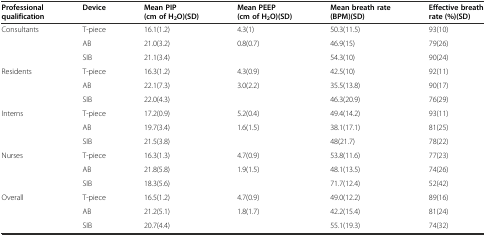
<table><thead><tr><td><b>Professional qualification</b></td><td><b>Device</b></td><td><b>Mean PIP (cm of H<sub>2</sub>O)(SD)</b></td><td><b>Mean PEEP (cm of H<sub>2</sub>O)(SD)</b></td><td><b>Mean breath rate (BPM)(SD)</b></td><td><b>Effective breath rate (%)(SD)</b></td></tr></thead><tbody><tr><td rowspan="3">Consultants</td><td>T-piece</td><td>16.1(1.2)</td><td>4.3(1)</td><td>50.3(11.5)</td><td>93(10)</td></tr><tr><td>AB</td><td>21.0(3.2)</td><td>0.8(0.7)</td><td>46.9(15)</td><td>79(26)</td></tr><tr><td>SIB</td><td>21.1(3.4)</td><td>[EMPTY_CELL]</td><td>54.3(10)</td><td>90(24)</td></tr><tr><td rowspan="3">Residents</td><td>T-piece</td><td>16.3(1.2)</td><td>4.3(0.9)</td><td>42.5(10)</td><td>92(11)</td></tr><tr><td>AB</td><td>22.1(7.3)</td><td>3.0(2.2)</td><td>35.5(13.8)</td><td>90(17)</td></tr><tr><td>SIB</td><td>22.0(4.3)</td><td>[EMPTY_CELL]</td><td>46.3(20.9)</td><td>76(29)</td></tr><tr><td rowspan="3">Interns</td><td>T-piece</td><td>17.2(0.9)</td><td>5.2(0.4)</td><td>49.4(14.2)</td><td>93(11)</td></tr><tr><td>AB</td><td>19.7(3.4)</td><td>1.6(1.5)</td><td>38.1(17.1)</td><td>81(25)</td></tr><tr><td>SIB</td><td>21.5(3.8)</td><td>[EMPTY_CELL]</td><td>48(21.7)</td><td>78(22)</td></tr><tr><td rowspan="3">Nurses</td><td>T-piece</td><td>16.3(1.3)</td><td>4.7(0.9)</td><td>53.8(11.6)</td><td>77(23)</td></tr><tr><td>AB</td><td>21.8(5.8)</td><td>1.9(1.5)</td><td>48.1(13.5)</td><td>74(26)</td></tr><tr><td>SIB</td><td>18.3(5.6)</td><td>[EMPTY_CELL]</td><td>71.7(12.4)</td><td>52(42)</td></tr><tr><td rowspan="3">Overall</td><td>T-piece</td><td>16.5(1.2)</td><td>4.7(0.9)</td><td>49.0(12.2)</td><td>89(16)</td></tr><tr><td>AB</td><td>21.2(5.1)</td><td>1.8(1.7)</td><td>42.2(15.4)</td><td>81(24)</td></tr><tr><td>SIB</td><td>20.7(4.4)</td><td>[EMPTY_CELL]</td><td>55.1(19.3)</td><td>74(32)</td></tr></tbody></table>